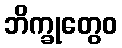
ဘိက္ခုတွေဝ